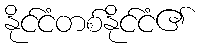
နိုင်ငံတစ်နိုင်ငံ၏